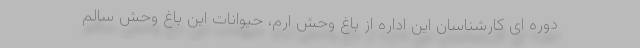
دوره ای کارشناسان این اداره از باغ وحش ارم، حیوانات این باغ وحش سالم